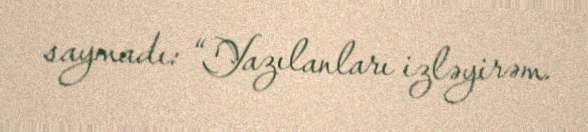
saymadı: “Yazılanları izləyirəm.